Document type: Confirmation
Year: 1374
Scribe: Ramon Camat
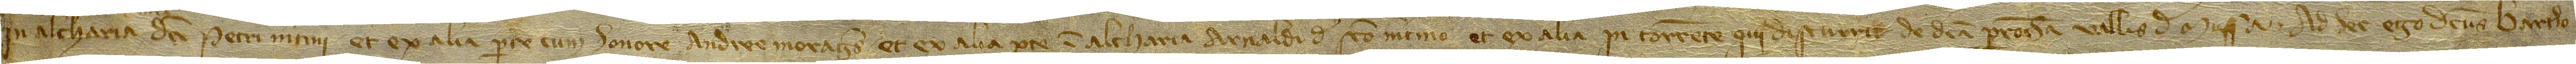
in alcharia mei  dicti Petri Martini, et ex alia parte cum honore Andree Morages, et ex alia parte in alcharia Arnaldi de Sancto Martino, et ex alia in torrente qui discurrit de dicta parrochia Vallis de Mussa. Ad hec ego dictus Bartho-